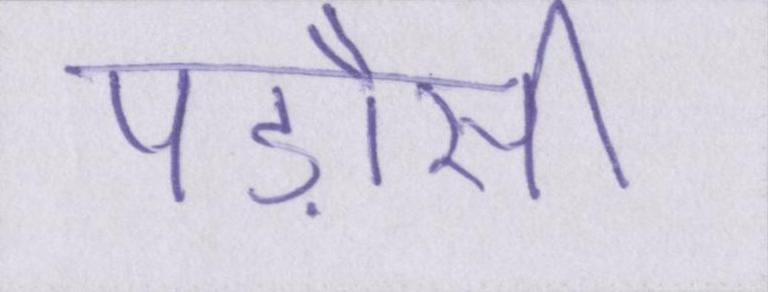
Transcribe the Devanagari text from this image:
पड़ौसी